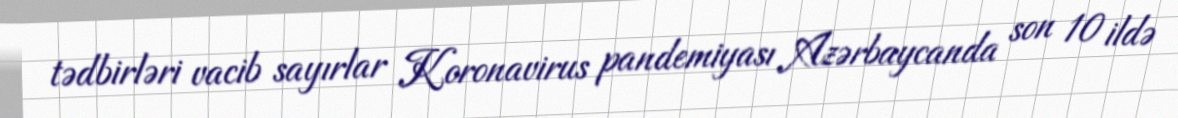
tədbirləri vacib sayırlar Koronavirus pandemiyası Azərbaycanda son 10 ildə